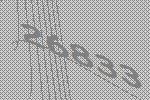
26833